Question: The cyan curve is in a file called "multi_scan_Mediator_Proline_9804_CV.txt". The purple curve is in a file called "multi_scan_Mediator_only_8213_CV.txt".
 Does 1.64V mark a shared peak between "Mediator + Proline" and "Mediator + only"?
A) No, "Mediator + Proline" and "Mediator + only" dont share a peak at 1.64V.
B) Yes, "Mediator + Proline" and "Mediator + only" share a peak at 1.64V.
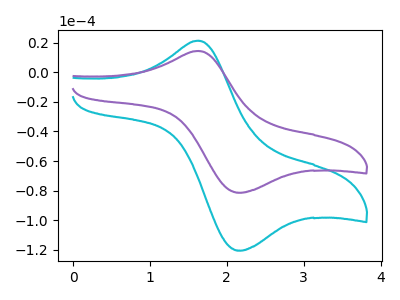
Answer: <think>The cyan curve "Mediator + Proline" has an anodic peak at (1.65V, 21.40uA) and a cathodic peak at (2.20V, -120.55uA). The purple curve "Mediator + only" has an anodic peak at (1.65V, 14.45uA) and a cathodic peak at (2.20V, -81.40uA).</think>
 <answer>B) Yes, "Mediator + Proline" and "Mediator + only" share a peak at 1.64V.</answer>
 <eval>B</eval>